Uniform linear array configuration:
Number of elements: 12
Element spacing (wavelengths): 1
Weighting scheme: kaiser
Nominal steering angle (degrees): -15
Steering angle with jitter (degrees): -15.47
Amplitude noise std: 0.05
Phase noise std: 0.05

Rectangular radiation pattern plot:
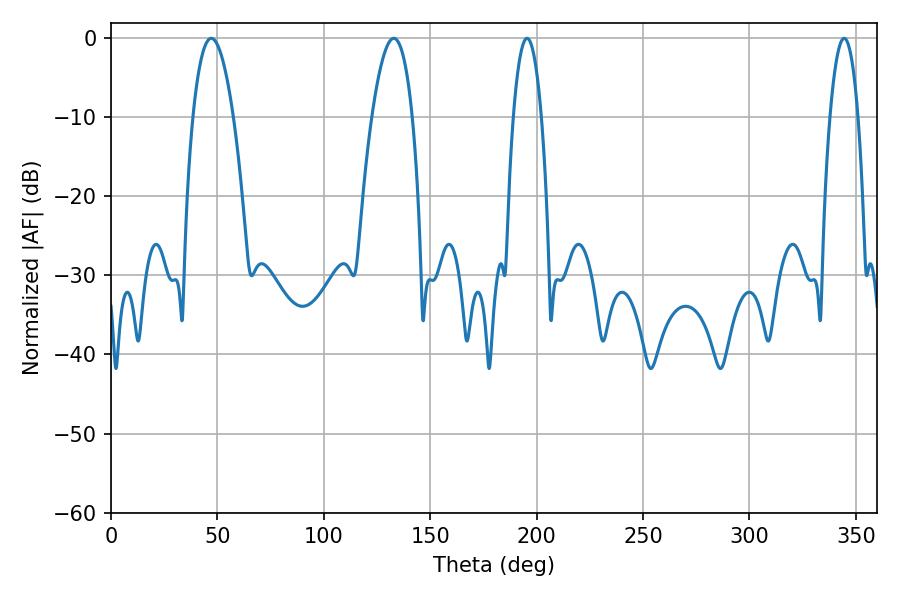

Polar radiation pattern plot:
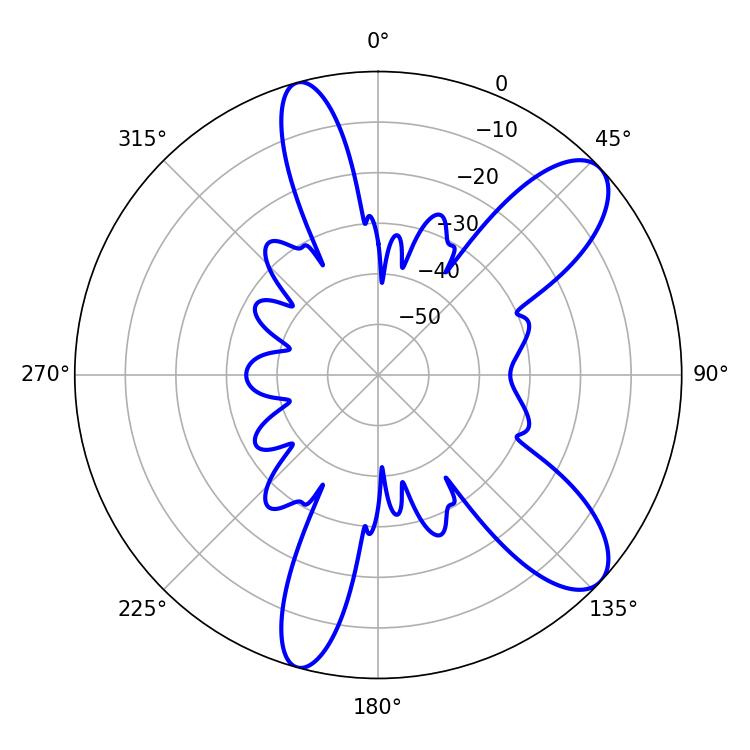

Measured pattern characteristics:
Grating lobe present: TRUE
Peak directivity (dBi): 9.672
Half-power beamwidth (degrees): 7.38
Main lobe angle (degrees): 195.48